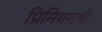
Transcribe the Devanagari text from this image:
प्रिमियमची